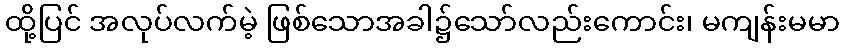
ထို့ပြင် အလုပ်လက်မဲ့ ဖြစ်သောအခါ၌သော်လည်းကောင်း၊ မကျန်းမမာ